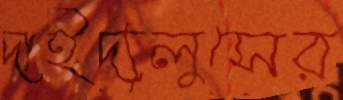
দাইদ্যলুসের